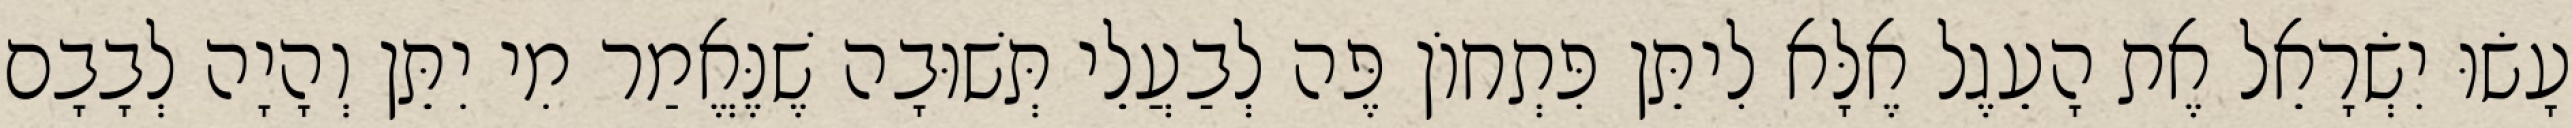
עָשׂוּ יִשְׂרָאֵל אֶת הָעֵגֶל אֶלָּא לִיתֵּן פִּתְחוֹן פֶּה לְבַעֲלֵי תְּשׁוּבָה שֶׁנֶּאֱמַר מִי יִתֵּן וְהָיָה לְבָבָם